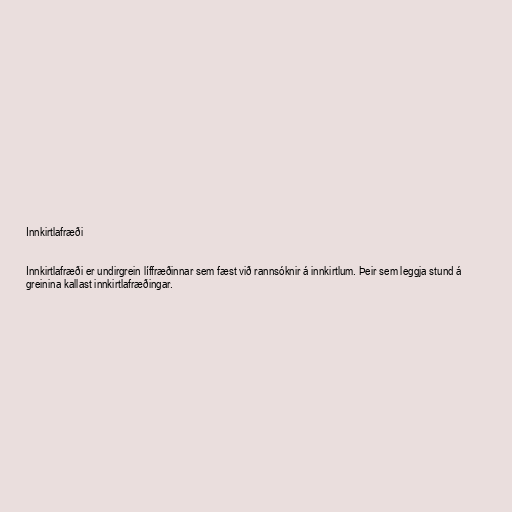
Innkirtlafræði

Innkirtlafræði er undirgrein líffræðinnar sem fæst við rannsóknir á innkirtlum. Þeir sem leggja stund á
greinina kallast innkirtlafræðingar.